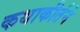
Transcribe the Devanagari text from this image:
कथाकीर्तने